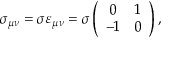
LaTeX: \sigma _ { \mu \nu } = \sigma \varepsilon _ { \mu \nu } = \sigma \left( \begin{array} { c c } { { 0 } } & { { 1 } } \\ { { - 1 } } & { { 0 } } \end{array} \right) ,